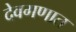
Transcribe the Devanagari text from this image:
देवगणात